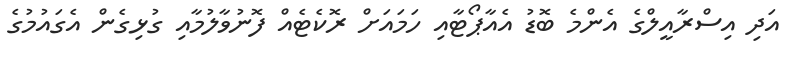
އަދި އިސްރާއީލްގެ އެންމެ ބޮޑު އެއާޕޯޓާއި ހަމައަށް ރޮކެޓެއް ފޮނުވާލުމާއި ގުޅިގެން އެގައުމުގެ